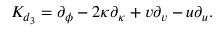
{ K } _ { d _ { 3 } } = \partial _ { \phi } - 2 \kappa \partial _ { \kappa } + v \partial _ { v } - u \partial _ { u } .